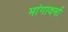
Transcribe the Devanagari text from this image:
मांगावर्ना